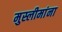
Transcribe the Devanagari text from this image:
मुस्लीमांना